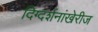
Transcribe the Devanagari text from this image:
दिग्दर्शनांखेरीज